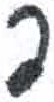
אות: פ